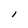
Character: l